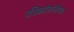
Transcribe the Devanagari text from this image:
रसिकांसाठीच्या